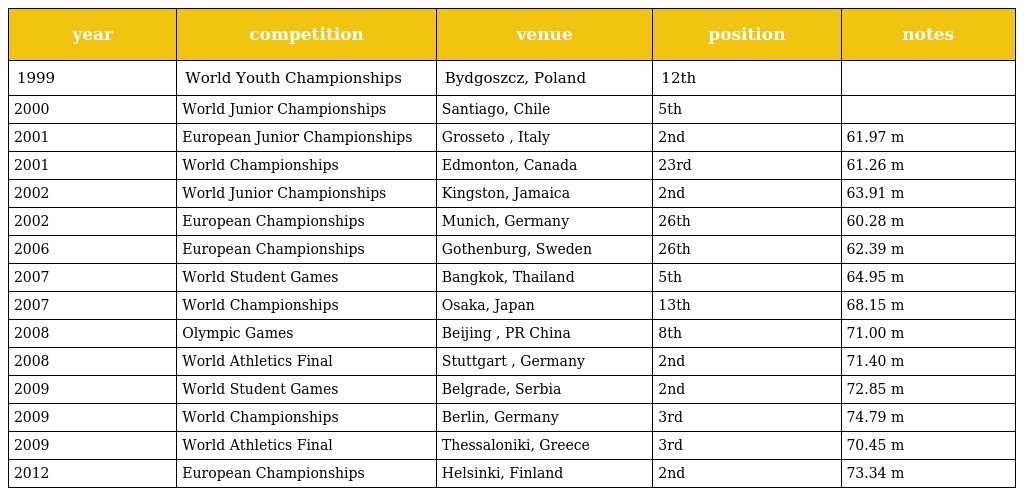
| year | competition | venue | position | notes |
 | --- | --- | --- | --- | --- |
 | 1999 | World Youth Championships | Bydgoszcz, Poland | 12th |  |
 | 2000 | World Junior Championships | Santiago, Chile | 5th |  |
 | 2001 | European Junior Championships | Grosseto , Italy | 2nd | 61.97 m |
 | 2001 | World Championships | Edmonton, Canada | 23rd | 61.26 m |
 | 2002 | World Junior Championships | Kingston, Jamaica | 2nd | 63.91 m |
 | 2002 | European Championships | Munich, Germany | 26th | 60.28 m |
 | 2006 | European Championships | Gothenburg, Sweden | 26th | 62.39 m |
 | 2007 | World Student Games | Bangkok, Thailand | 5th | 64.95 m |
 | 2007 | World Championships | Osaka, Japan | 13th | 68.15 m |
 | 2008 | Olympic Games | Beijing , PR China | 8th | 71.00 m |
 | 2008 | World Athletics Final | Stuttgart , Germany | 2nd | 71.40 m |
 | 2009 | World Student Games | Belgrade, Serbia | 2nd | 72.85 m |
 | 2009 | World Championships | Berlin, Germany | 3rd | 74.79 m |
 | 2009 | World Athletics Final | Thessaloniki, Greece | 3rd | 70.45 m |
 | 2012 | European Championships | Helsinki, Finland | 2nd | 73.34 m |